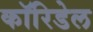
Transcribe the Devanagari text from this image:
कॉरिडेल